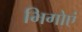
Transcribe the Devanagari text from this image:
भिगोएं